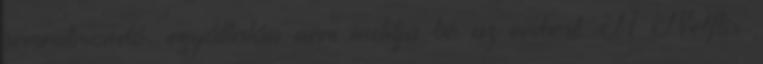
semmitmondó, egyáltalán nem indítja be az embert. A Netflix